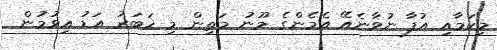
މިކަމާއި އުފާ ނުވާނެއޭ އެމެންގެ މޫނު މަތިން މި ޚަބަރު އަޑު އިވުމުން